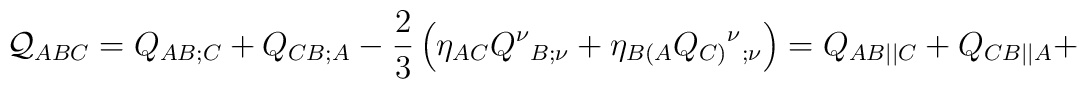
{\cal Q}_{ABC}=Q_{AB;C}+Q_{CB;A}-\frac23 \left(\eta_{AC}Q^\nu{_{B;\nu}}+\eta_{B(A}Q_{C)}{^\nu}{_{;\nu}}\right)={Q}_{AB||C}+{Q}_{CB||A} +